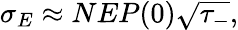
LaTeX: \sigma_{E}\approx NEP(0)\sqrt{\tau_{-}},